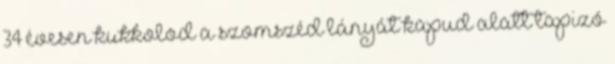
34 évesen kukkolod a szomszéd lányát kapud alatt tapizó